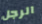
الرجل